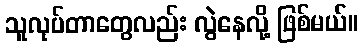
သူလုပ်တာတွေလည်း လွဲနေလို့ ဖြစ်မယ်။